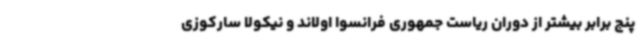
پنج برابر بیشتر از دوران ریاست جمهوری فرانسوا اولاند و نیکولا سارکوزی